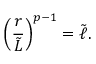
\left( { \frac { r } { \tilde { L } } } \right) ^ { p - 1 } = \tilde { \ell } .